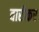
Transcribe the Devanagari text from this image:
वारीकर